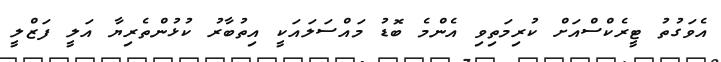
އެވަގުތު ޓީރެކްސްއަށް ކުރިމަތިވި އެންމެ ބޮޑު މައްސަލައަކީ އިތުބާރު ކުޅުންތެރިޔާ އަލީ ފަޒްލީ